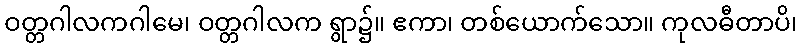
ဝတ္တဂါလကဂါမေ၊ ဝတ္တဂါလက ရွာ၌။ ဧကာ၊ တစ်ယောက်သော။ ကုလဓီတာပိ၊